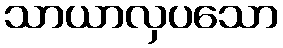
သာယာလှပသော